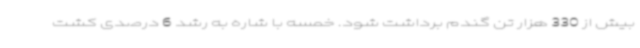
بیش از 330 هزار تن گندم برداشت شود. خمسه با شاره به رشد 6 درصدی کشت